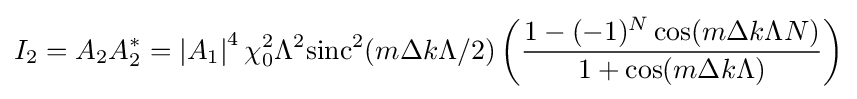
I_{2}=A_{2}A_{2}^{*}=\left|A_{1}\right|^{4}\chi _{0}^{2}\Lambda ^{2}{\mbox{sinc}}^{2}(m\Delta k\Lambda /2)\left({\frac {1-(-1)^{N}\cos(m\Delta k\Lambda N)}{1+\cos(m\Delta k\Lambda )}}\right)